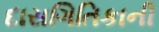
દાસગિતિકાની